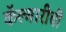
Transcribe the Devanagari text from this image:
कॅल्गारीची